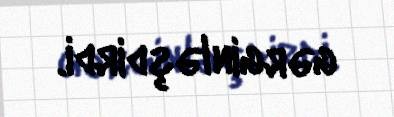
gərginləşdirdi.